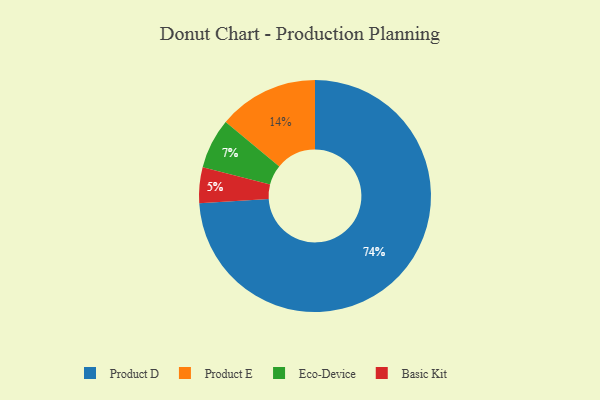
{"axis": {"x": "Category", "y": "Percentage"}, "legend": ["Basic Kit", "Eco-Device", "Product D", "Product E"], "data": [{"x": "Basic Kit", "y": 5, "type": "Basic Kit"}, {"x": "Product E", "y": 14, "type": "Product E"}, {"x": "Product D", "y": 74, "type": "Product D"}, {"x": "Eco-Device", "y": 7, "type": "Eco-Device"}]}